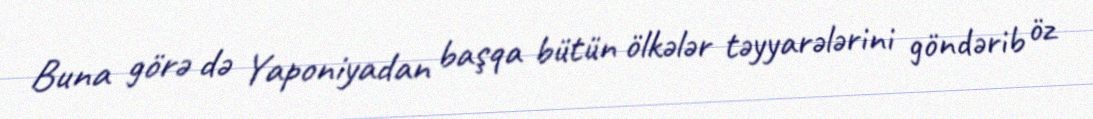
Buna görə də Yaponiyadan başqa bütün ölkələr təyyarələrini göndərib öz